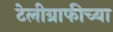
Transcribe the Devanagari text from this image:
टेलीग्राफीच्या